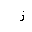
Letter: _zay